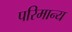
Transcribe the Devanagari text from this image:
परिमान्य